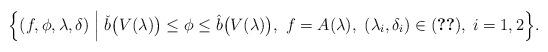
LaTeX: \begin{align*}\Bigl\{(f,\phi,\lambda,\delta) \Bigm| \check{b}\bigl(V(\lambda)\bigr) \leq\phi \leq \hat{b}\bigl(V(\lambda)\bigr),\ f = A(\lambda),\ (\lambda_i, \delta_i) \in (\ref{eq:SOS2-log}), \; i = 1,2\Bigr\}.\end{align*}